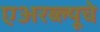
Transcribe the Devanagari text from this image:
एअरब्ल्यूचे